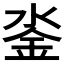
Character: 𨥗